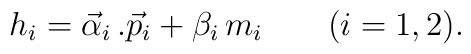
h_i = \vec \alpha_i\, . \vec p_i + \beta_i\, m_i\qquad (i=1,2).